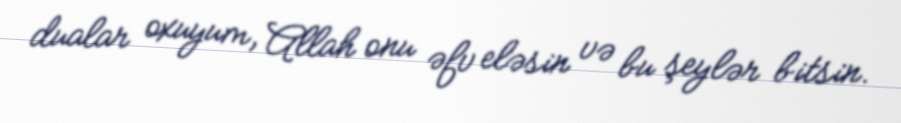
dualar oxuyum, Allah onu əfv eləsin və bu şeylər bitsin.